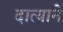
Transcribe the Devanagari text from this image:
दात्याने